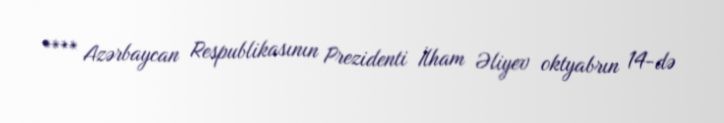
**** Azərbaycan Respublikasının Prezidenti İlham Əliyev oktyabrın 14-də